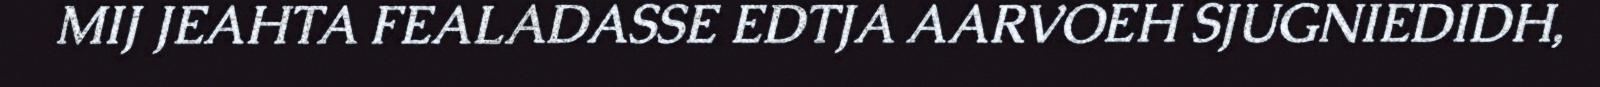
MIJ JEAHTA FEALADASSE EDTJA AARVOEH SJUGNIEDIDH,